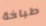
طباخة